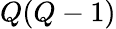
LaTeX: Q(Q-1)